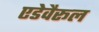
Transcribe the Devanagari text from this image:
एडेवैरूल